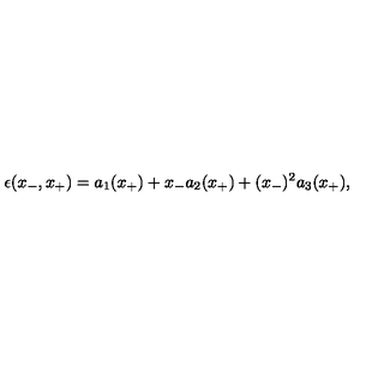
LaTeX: \epsilon ( x _ { - } , x _ { + } ) = a _ { 1 } ( x _ { + } ) + x _ { - } a _ { 2 } ( x _ { + } ) + ( x _ { - } ) ^ { 2 } a _ { 3 } ( x _ { + } ) ,